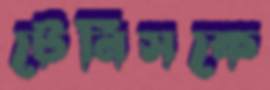
টেনিসকে